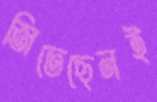
জিতেছেনই